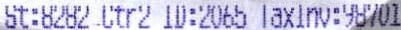
ST:8282 STR2 ID:2065 TAXINV:98701